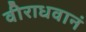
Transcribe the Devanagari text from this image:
वीराधवानं